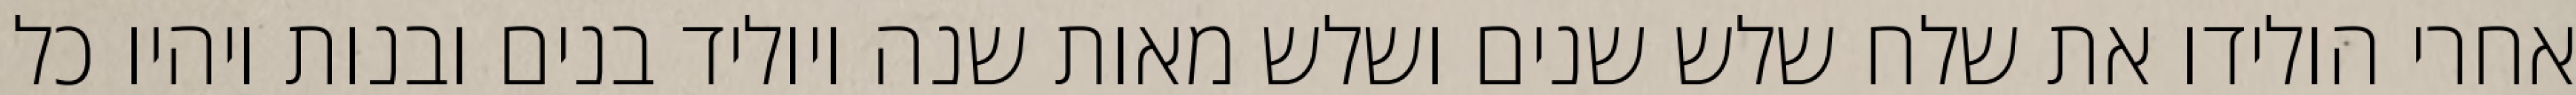
אחרי הולידו את שלח שלש שנים ושלש מאות שנה ויוליד בנים ובנות ויהיו כל